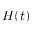
H ( t )